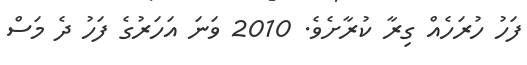
ފަހު ހުރަހެއް ގިރާ ކުރާށެވެ. 2010 ވަނަ އަހަރުގެ ފަހު ދެ މަސް